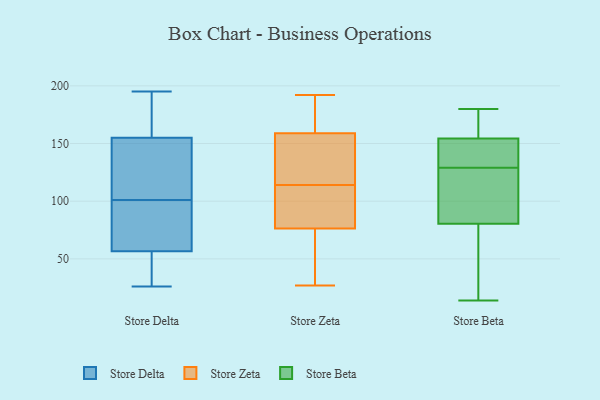
{"axis": {"x": "Inventory Turnover", "y": "Value"}, "legend": ["Store Beta", "Store Delta", "Store Zeta"], "data": [{"x": "", "y": 158, "type": "Store Delta"}, {"x": "", "y": 101, "type": "Store Delta"}, {"x": "", "y": 94, "type": "Store Delta"}, {"x": "", "y": 195, "type": "Store Delta"}, {"x": "", "y": 61, "type": "Store Delta"}, {"x": "", "y": 146, "type": "Store Delta"}, {"x": "", "y": 39, "type": "Store Delta"}, {"x": "", "y": 26, "type": "Store Delta"}, {"x": "", "y": 190, "type": "Store Delta"}, {"x": "", "y": 36, "type": "Store Delta"}, {"x": "", "y": 69, "type": "Store Delta"}, {"x": "", "y": 101, "type": "Store Delta"}, {"x": "", "y": 145, "type": "Store Delta"}, {"x": "", "y": 166, "type": "Store Delta"}, {"x": "", "y": 55, "type": "Store Delta"}, {"x": "", "y": 72, "type": "Store Delta"}, {"x": "", "y": 190, "type": "Store Delta"}, {"x": "", "y": 45, "type": "Store Delta"}, {"x": "", "y": 105, "type": "Store Delta"}, {"x": "", "y": 138, "type": "Store Zeta"}, {"x": "", "y": 93, "type": "Store Zeta"}, {"x": "", "y": 138, "type": "Store Zeta"}, {"x": "", "y": 114, "type": "Store Zeta"}, {"x": "", "y": 51, "type": "Store Zeta"}, {"x": "", "y": 192, "type": "Store Zeta"}, {"x": "", "y": 101, "type": "Store Zeta"}, {"x": "", "y": 75, "type": "Store Zeta"}, {"x": "", "y": 53, "type": "Store Zeta"}, {"x": "", "y": 166, "type": "Store Zeta"}, {"x": "", "y": 80, "type": "Store Zeta"}, {"x": "", "y": 81, "type": "Store Zeta"}, {"x": "", "y": 189, "type": "Store Zeta"}, {"x": "", "y": 125, "type": "Store Zeta"}, {"x": "", "y": 186, "type": "Store Zeta"}, {"x": "", "y": 27, "type": "Store Zeta"}, {"x": "", "y": 173, "type": "Store Zeta"}, {"x": "", "y": 73, "type": "Store Zeta"}, {"x": "", "y": 115, "type": "Store Zeta"}, {"x": "", "y": 119, "type": "Store Beta"}, {"x": "", "y": 94, "type": "Store Beta"}, {"x": "", "y": 147, "type": "Store Beta"}, {"x": "", "y": 132, "type": "Store Beta"}, {"x": "", "y": 149, "type": "Store Beta"}, {"x": "", "y": 180, "type": "Store Beta"}, {"x": "", "y": 129, "type": "Store Beta"}, {"x": "", "y": 156, "type": "Store Beta"}, {"x": "", "y": 17, "type": "Store Beta"}, {"x": "", "y": 157, "type": "Store Beta"}, {"x": "", "y": 149, "type": "Store Beta"}, {"x": "", "y": 39, "type": "Store Beta"}, {"x": "", "y": 122, "type": "Store Beta"}, {"x": "", "y": 128, "type": "Store Beta"}, {"x": "", "y": 14, "type": "Store Beta"}, {"x": "", "y": 173, "type": "Store Beta"}, {"x": "", "y": 171, "type": "Store Beta"}, {"x": "", "y": 25, "type": "Store Beta"}, {"x": "", "y": 76, "type": "Store Beta"}]}